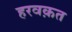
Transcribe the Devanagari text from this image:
हरवक़त